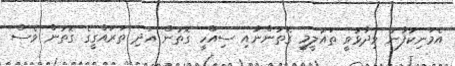
އެމަނިކުފާނު ވިދާޅުވީ ތައުލީމީ ގޮތުންނާއި ސިއްހީ ގޮތުން އަދި ތަރައްގީގެ ގޮތުން ވެސް